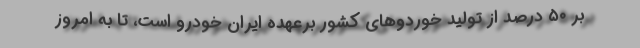
بر ۵۰ درصد از تولید خوردوهای کشور برعهده ایران خودرو است، تا به امروز